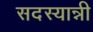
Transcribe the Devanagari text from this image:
सदस्यान्नी